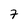
Character: 7